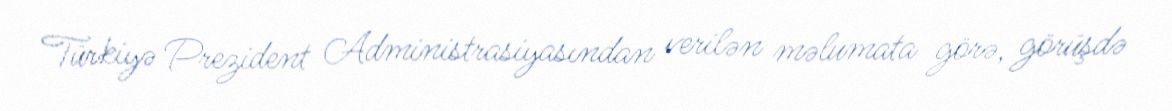
Türkiyə Prezident Administrasiyasından verilən məlumata görə, görüşdə